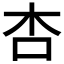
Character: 杏